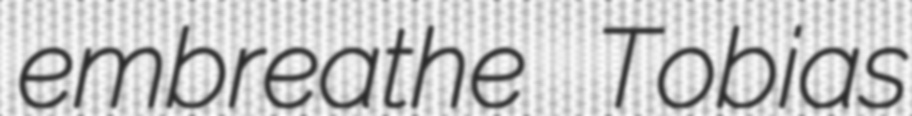
embreathe Tobias